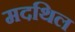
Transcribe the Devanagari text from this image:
मदथिल